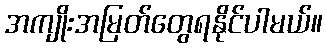
အကျိုးအမြတ်တွေရနိုင်ပါမယ်။